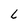
Character: L